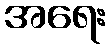
အရေး